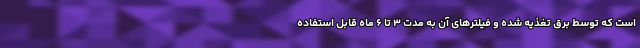
است که توسط برق تغذیه شده و فیلترهای آن به مدت ۳ تا ۶ ماه قابل استفاده